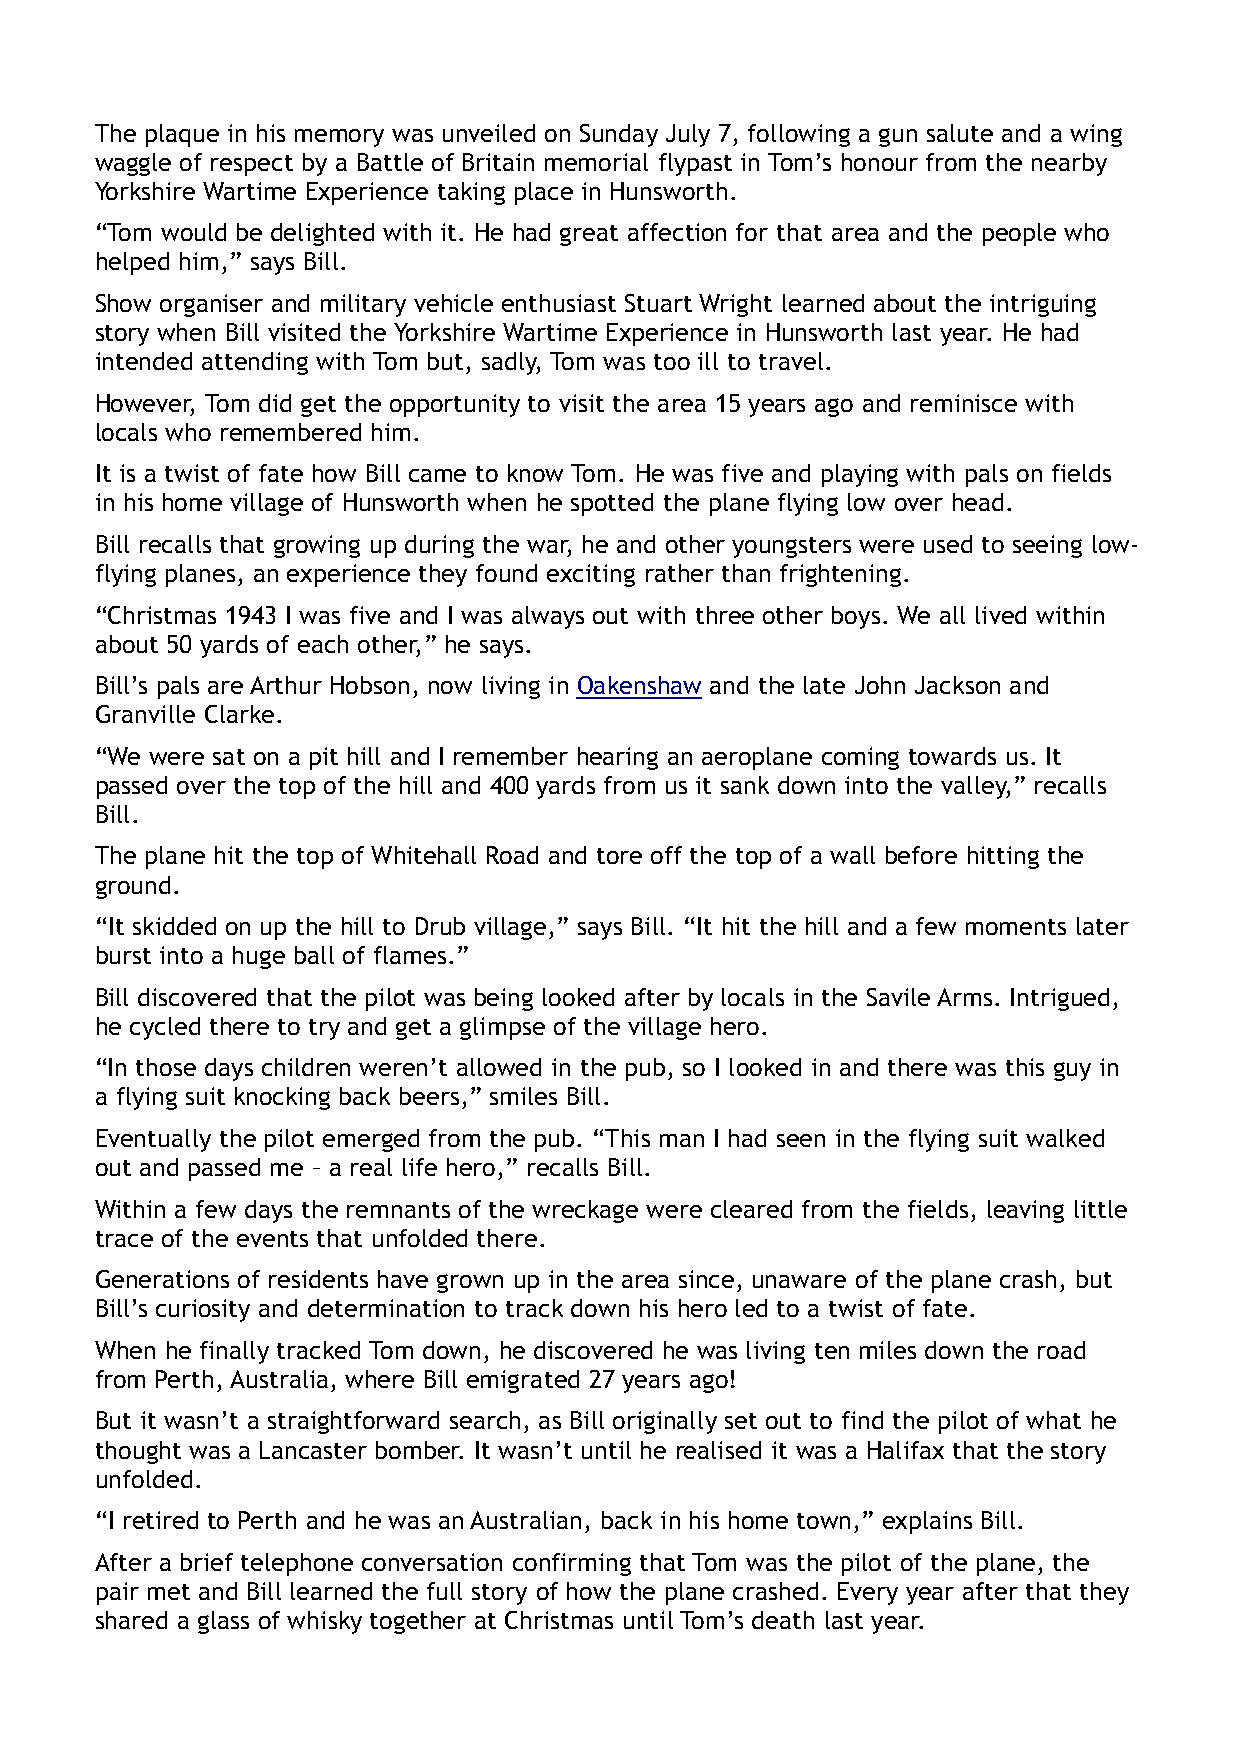
The plaque in his memory was unveiled on Sunday July 7, following a gun salute and a wing
 waggle of respect by a Battle of Britain memorial flypast in Tom’s honour from the nearby
 Yorkshire Wartime Experience taking place in Hunsworth.
 “Tom would be delighted with it. He had great affection for that area and the people who
 helped him,” says Bill.
 Show organiser and military vehicle enthusiast Stuart Wright learned about the intriguing
 story when Bill visited the Yorkshire Wartime Experience in Hunsworth last year. He had
 intended attending with Tom but, sadly, Tom was too ill to travel.
 However, Tom did get the opportunity to visit the area 15 years ago and reminisce with
 locals who remembered him.
 It is a twist of fate how Bill came to know Tom. He was five and playing with pals on fields
 in his home village of Hunsworth when he spotted the plane flying low over head.
 Bill recalls that growing up during the war, he and other youngsters were used to seeing low-
 flying planes, an experience they found exciting rather than frightening.
 “Christmas 1943 I was five and I was always out with three other boys. We all lived within
 about 50 yards of each other,” he says.
 Bill’s pals are Arthur Hobson, now living in Oakenshaw and the late John Jackson and
 Granville Clarke.
 “We were sat on a pit hill and I remember hearing an aeroplane coming towards us. It
 passed over the top of the hill and 400 yards from us it sank down into the valley,” recalls
 Bill.
 The plane hit the top of Whitehall Road and tore off the top of a wall before hitting the
 ground.
 “It skidded on up the hill to Drub village,” says Bill. “It hit the hill and a few moments later
 burst into a huge ball of flames.”
 Bill discovered that the pilot was being looked after by locals in the Savile Arms. Intrigued,
 he cycled there to try and get a glimpse of the village hero.
 “In those days children weren’t allowed in the pub, so I looked in and there was this guy in
 a flying suit knocking back beers,” smiles Bill.
 Eventually the pilot emerged from the pub. “This man I had seen in the flying suit walked
 out and passed me – a real life hero,” recalls Bill.
 Within a few days the remnants of the wreckage were cleared from the fields, leaving little
 trace of the events that unfolded there.
 Generations of residents have grown up in the area since, unaware of the plane crash, but
 Bill’s curiosity and determination to track down his hero led to a twist of fate.
 When he finally tracked Tom down, he discovered he was living ten miles down the road
 from Perth, Australia, where Bill emigrated 27 years ago!
 But it wasn’t a straightforward search, as Bill originally set out to find the pilot of what he
 thought was a Lancaster bomber. It wasn’t until he realised it was a Halifax that the story
 unfolded.
 “I retired to Perth and he was an Australian, back in his home town,” explains Bill.
 After a brief telephone conversation confirming that Tom was the pilot of the plane, the
 pair met and Bill learned the full story of how the plane crashed. Every year after that they
 shared a glass of whisky together at Christmas until Tom’s death last year.